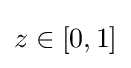
z\in \left[0,1\right]